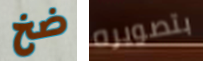
ضخ بتصويره